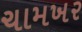
ચામખર